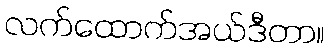
လက်ထောက်အယ်ဒီတာ။